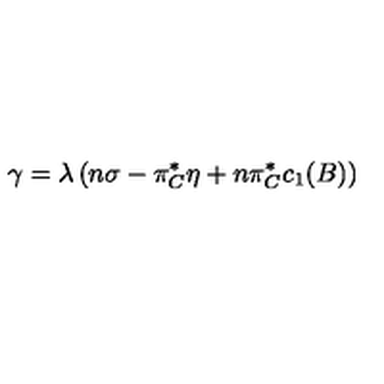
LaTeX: \gamma = \lambda \left( n \sigma - \pi _ { C } ^ { * } \eta + n \pi _ { C } ^ { * } c _ { 1 } ( B ) \right)